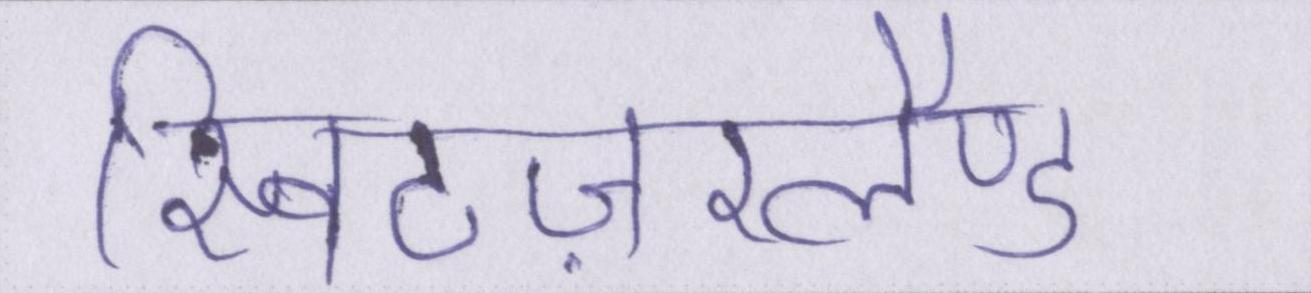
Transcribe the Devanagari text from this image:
स्विटज़रलैण्ड